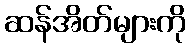
ဆန်အိတ်များကို